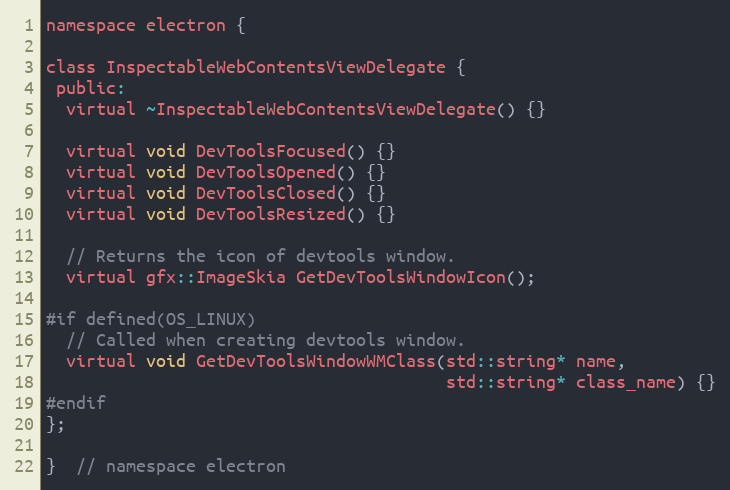
Language: C
namespace electron {

class InspectableWebContentsViewDelegate {
 public:
  virtual ~InspectableWebContentsViewDelegate() {}

  virtual void DevToolsFocused() {}
  virtual void DevToolsOpened() {}
  virtual void DevToolsClosed() {}
  virtual void DevToolsResized() {}

  // Returns the icon of devtools window.
  virtual gfx::ImageSkia GetDevToolsWindowIcon();

#if defined(OS_LINUX)
  // Called when creating devtools window.
  virtual void GetDevToolsWindowWMClass(std::string* name,
                                        std::string* class_name) {}
#endif
};

}  // namespace electron